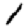
Digit: 1